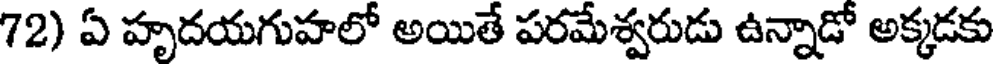
72) ఏ హృదయగుహలో అయితే పరమేశ్వరుడు ఉన్నాడో అక్కడకు